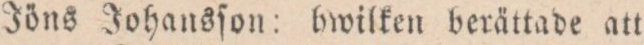
Jöns Johansſon: hwilken berättade att